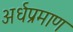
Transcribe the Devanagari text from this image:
अर्धप्रमाण